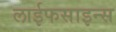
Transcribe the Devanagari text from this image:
लाईफसाइन्स